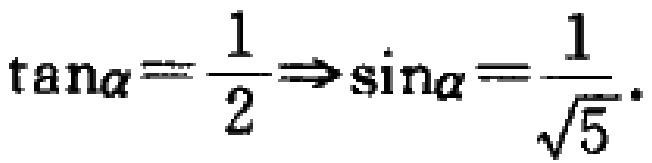
\(\tan\alpha=\frac{1}{2}\Rightarrow\sin\alpha=\frac{1}{\sqrt{5}}\)